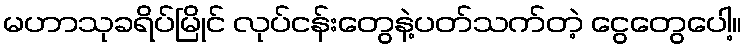
မဟာသုခရိပ်မြိုင် လုပ်ငန်းတွေနဲ့ပတ်သက်တဲ့ ငွေတွေပေါ့။